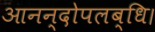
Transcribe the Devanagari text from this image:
आनन्दोपलब्धि।